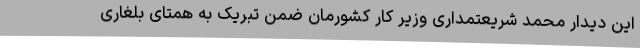
این دیدار محمد شریعتمداری وزیر کار کشورمان ضمن تبریک به همتای بلغاری